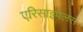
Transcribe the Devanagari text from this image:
एरिसाइपेलस